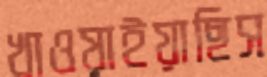
খাওয়াইয়াছিস